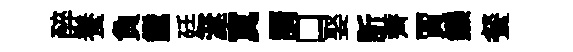
醉養負纛廷涎寞諝口娶訢薺賈鑠餐